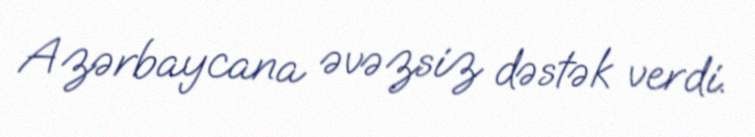
Azərbaycana əvəzsiz dəstək verdi.